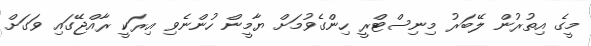
މީގެ އިތުރުން ލޭބަރު މިނިސްޓްރީ ހިންގެވުމަށް ޔާމީން ހުންނެވި އިރަކީ ރާއްޖޭގައި ވަގަށް